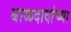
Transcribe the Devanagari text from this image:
बाळदादांच्या